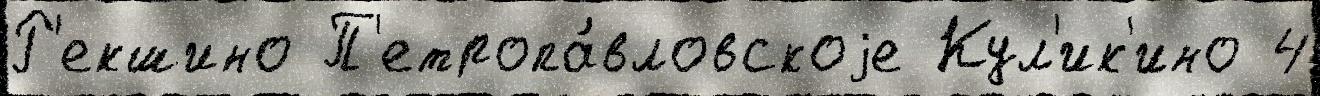
Р'екшино П'етропа́вловскоjе Кул'ик'ино 4